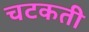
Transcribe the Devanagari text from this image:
चटकती